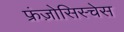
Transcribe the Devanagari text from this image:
फ्रंज़ोसिस्चेस